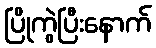
ပြိုကွဲပြီးနောက်